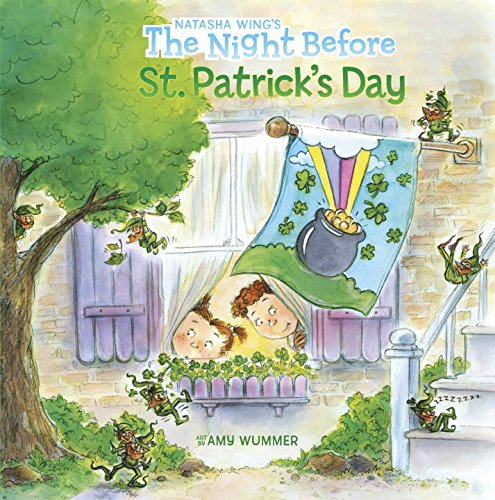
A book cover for The Night Before St. Patrick's Day; Natasha Wing; Children's Books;